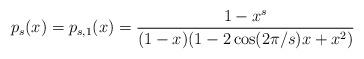
LaTeX: \begin{align*} p_s (x) = p_{s, 1} (x) = \frac{1 - x^s}{(1 - x) (1 - 2 \cos (2 \pi / s) x + x^2)} \end{align*}